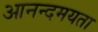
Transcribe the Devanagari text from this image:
आनन्दमयता